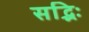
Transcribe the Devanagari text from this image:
सद्भिः